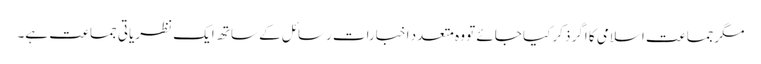
مگرجماعت اسلامی کا اگر ذکر کیا جائے تو وہ متعدد اخبارات رسائل کے ساتھ ایک نظریاتی جماعت ہے۔